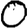
Digit: 0